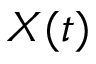
X ( t )